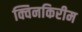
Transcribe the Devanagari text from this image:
क्विनकिरीम